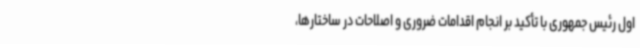
اول رئیس جمهوری با تأکید بر انجام اقدامات ضروری و اصلاحات در ساختارها،